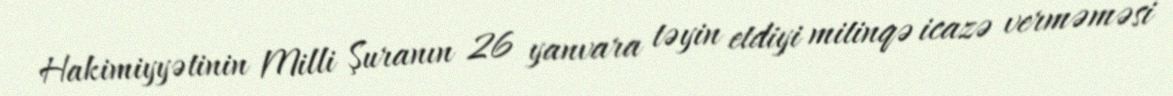
Hakimiyyətinin Milli Şuranın 26 yanvara təyin etdiyi mitinqə icazə verməməsi